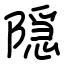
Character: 隠